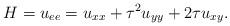
LaTeX: \begin{align*} H = u_{ee} = u_{xx} + \tau^2 u_{yy} + 2\tau u_{xy}. \end{align*}